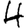
Digit: 4